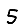
Digit: 5